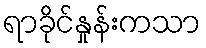
ရာခိုင်နှုန်းကသာ